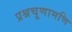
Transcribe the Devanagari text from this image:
प्रश्नचूणामणि